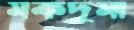
মকদুমা